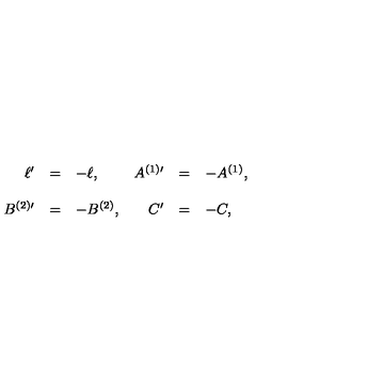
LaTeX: \begin{array} { r c l r c l } { \ell ^ { \prime } } & { = } & { - \ell , } & { A ^ { ( 1 ) \prime } } & { = } & { - A ^ { ( 1 ) } , } \\ { } & { } & { } & { } & { } & { } \\ { B ^ { ( 2 ) \prime } } & { = } & { - B ^ { ( 2 ) } , } & { C ^ { \prime } } & { = } & { - C , } \\ \end{array}